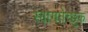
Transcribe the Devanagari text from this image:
स्वागतेच्छुक